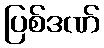
ပြစ်ဒဏ်